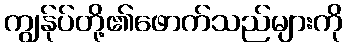
ကျွန်ုပ်တို့၏ဖောက်သည်များကို